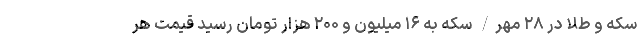
سکه و طلا در ۲۸ مهر/ سکه به ۱۶ میلیون و ۲۰۰ هزار تومان رسید قیمت هر